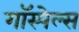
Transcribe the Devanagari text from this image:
गॉस्पेल्स